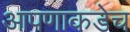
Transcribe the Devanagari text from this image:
आपणाकडेच